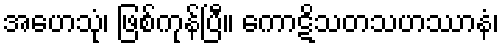
အဟေသုံ၊ ဖြစ်ကုန်ပြီ။ ကောဋိသတသဟဿာနံ၊